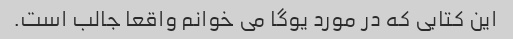
این کتابی که در مورد یوگا می خوانم واقعا جالب است.